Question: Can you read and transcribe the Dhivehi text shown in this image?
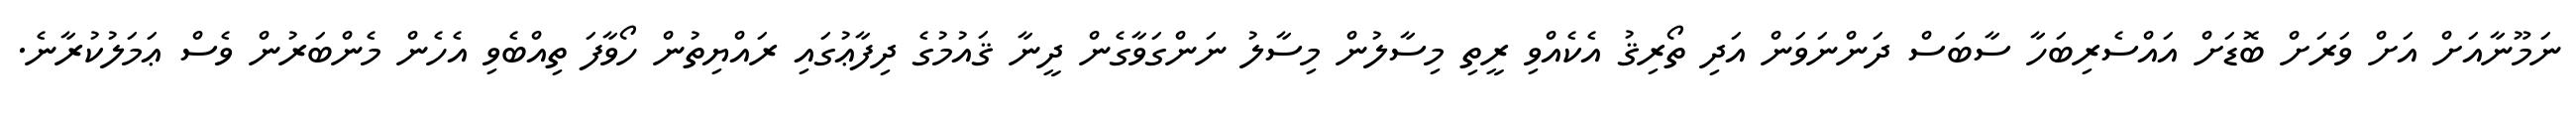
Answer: ނަމޫނާއަށް އަށް ވަރަށް ބޮޑަށް އައްސެރިބަހާ ސާބަސް ދަންނަވަން އަދި ތޯރިޤު އެކެއްވި ރީތި މިސާލުން މިސާލު ނަންގަވާގެން ދީނާ ޤައުމުގެ ދިފާޢުގައި ރައްޔިތުން ހޯވާފަ ތިއްބެވި އެހެން މެންބަރުން ވެސް ޢަމަލުކުރާނެ.